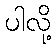
ပါလို့